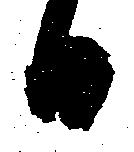
日